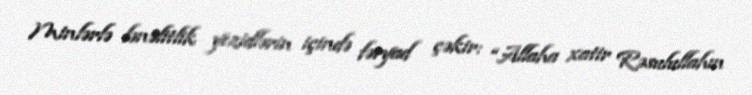
Minlərlə lənəlitlik yezidlərin içində fəryad çəkir: “Allaha xatir Rəsulullahın